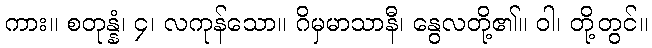
ကား။ စတုန္နံ၊ ၄၊ လကုန်သော။ ဂိမှမာသာနီ၊ နွေလတို့၏။ ဝါ၊ တို့တွင်။